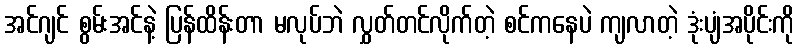
အင်ဂျင် စွမ်းအင်နဲ့ ပြန်ထိန်းတာ မလုပ်ဘဲ လွှတ်တင်လိုက်တဲ့ စင်ကနေပဲ ကျလာတဲ့ ဒုံးပျံအပိုင်းကို